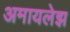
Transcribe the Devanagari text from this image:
अमायलेझ